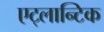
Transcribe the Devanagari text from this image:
एट्लान्टिक